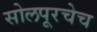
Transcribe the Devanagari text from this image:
सोलपूरचेच